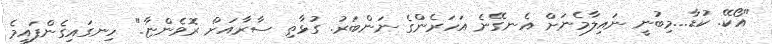
"އޯކޭ. ކުޑާ...މިބުނީ ނައިލާމެނަށް އެނގޭނެ އަހަރެންގެ ނަންބަރު. ގުޅާތި ސާރާއަށް ރޮވެންޏާ." ހިނގައިގެންފައިމެ